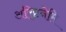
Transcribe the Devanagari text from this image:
अरि्ष्टनेमि